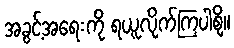
အခွင့်အရေးကို ရယူလိုက်ကြပါစို့။